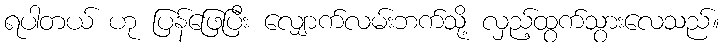
ရပါတယ် ဟု ပြန်ဖြေပြီး လျှောက်လမ်းဘက်သို့ လှည့်ထွက်သွားလေသည်။